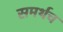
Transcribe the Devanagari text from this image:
समर्थच